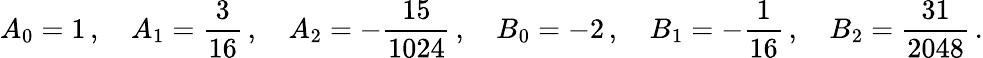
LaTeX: A_{0}=1\, ,\quad A_{1}=\frac{3}{16}\, ,\quad A_{2}=-\frac{15}{1024}\, ,\quad B_{0}=-2\, ,\quad B_{1}=-\frac{1}{16}\, ,\quad B_{2}=\frac{31}{2048}\, .